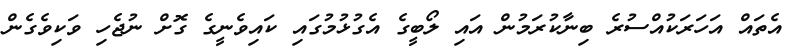
އެތައް އަހަރަކުއްސުރެ ބިނާކުރަމުން އައި ލޯބީގެ އެގުޅުމުގައި ކައިވެނީގެ ގޮށް ނުޖެހި ވަކިވެގެން